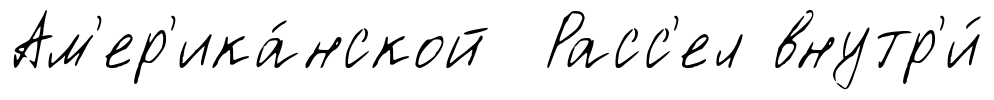
Ам'ер'ика́нской Расс'ел внутр'и́